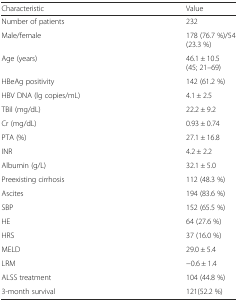
| Characteristic | Value |
 | --- | --- |
 | Number of patients | 232 |
 | Male/female | 178 (76.7 %)/54 (23.3 %) |
 | Age (years) | 46.1 ± 10.5 (45; 21–69) |
 | HBeAg positivity | 142 (61.2 %) |
 | HBV DNA (lg copies/mL) | 4.1 ± 2.5 |
 | TBil (mg/dL) | 22.2 ± 9.2 |
 | Cr (mg/dL) | 0.93 ± 0.74 |
 | PTA (%) | 27.1 ± 16.8 |
 | INR | 4.2 ± 2.2 |
 | Albumin (g/L) | 32.1 ± 5.0 |
 | Preexisting cirrhosis | 112 (48.3 %) |
 | Ascites | 194 (83.6 %) |
 | SBP | 152 (65.5 %) |
 | HE | 64 (27.6 %) |
 | HRS | 37 (16.0 %) |
 | MELD | 29.0 ± 5.4 |
 | LRM | −0.6 ± 1.4 |
 | ALSS treatment | 104 (44.8 %) |
 | 3-month survival | 121(52.2 %) |